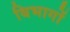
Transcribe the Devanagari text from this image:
बिभागों